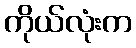
ကိုယ်လုံးက